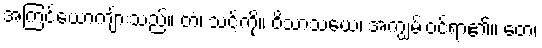
အကြင်ယောကျ်ားသည်။ တံ၊ သင့်ကို။ ဝိသာသယေ၊ အကျွမ်းဝင်ရာ၏။ တေ၊